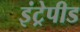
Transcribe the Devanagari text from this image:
इंट्रेपीड